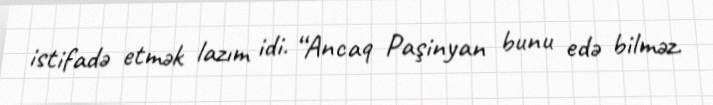
istifadə etmək lazım idi. “Ancaq Paşinyan bunu edə bilməz.